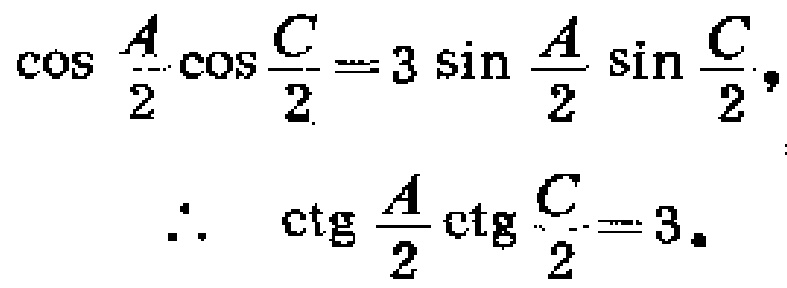
\(\cos \frac{A}{2}\cos \frac{C}{2}=3\sin \frac{A}{2}\sin \frac{C}{2},\)
\(\therefore \ \ctg \frac{A}{2}\ctg \frac{C}{2}=3.\)